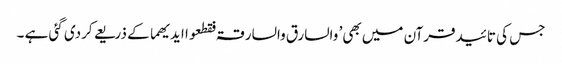
جس کی تائیدقرآن میں بھی’ والسارق والسارقۃ فقطعوا ایدیھما کے ذریعے کردی گئی ہے ۔